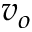
v _ { o }